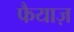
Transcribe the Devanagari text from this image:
फैयाज़